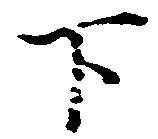
下